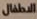
الاطفال